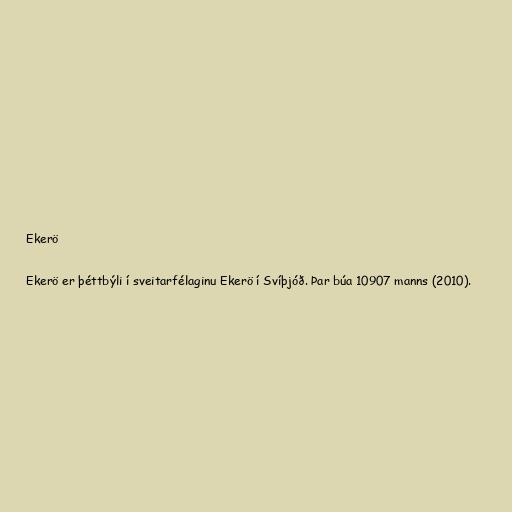
Ekerö

Ekerö er þéttbýli í sveitarfélaginu Ekerö í Svíþjóð. Þar búa 10907 manns (2010).